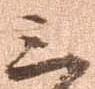
三